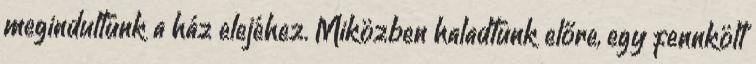
megindultunk a ház elejéhez. Miközben haladtunk előre, egy fennkölt